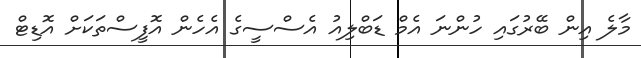
މާލެ އިން ބޭރުގައި ހުންނަ އެމް ޑަބްލިއު އެސްސީގެ އެހެން އޮފީސްތަކަށް އޮޑިޓް